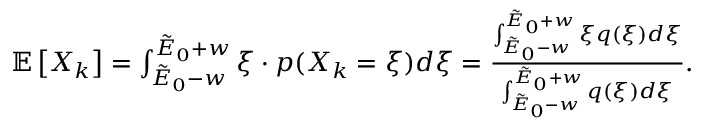
\begin{array} { r } { \mathbb { E } \left[ X _ { k } \right] = \int _ { \tilde { E } _ { 0 } - w } ^ { \tilde { E } _ { 0 } + w } \xi \cdot p ( X _ { k } = \xi ) d \xi = \frac { \int _ { \tilde { E } _ { 0 } - w } ^ { \tilde { E } _ { 0 } + w } \xi q ( \xi ) d \xi } { \int _ { \tilde { E } _ { 0 } - w } ^ { \tilde { E } _ { 0 } + w } q ( \xi ) d \xi } . } \end{array}